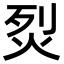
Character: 烮